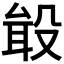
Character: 𪵎